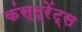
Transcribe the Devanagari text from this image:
कंस्ट्रेंट्स